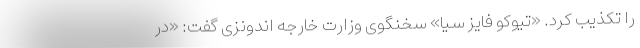
را تکذیب کرد. «تیوکو فایز سیا» سخنگوی وزارت خارجه اندونزی گفت: «در